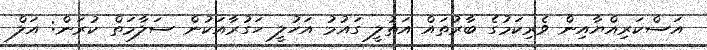
އަސްކަރިއްޔާއިން ވެރިކަމުގެ ބާރުތައް އަތުލީ ގައުމު އަހުލީ ހަގުރާއަކުން ސަލާމަތް ކުރަން: އަލް